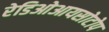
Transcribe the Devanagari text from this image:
रेडिओआयसोटोप